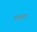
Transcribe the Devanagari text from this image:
पक्ता